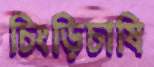
চিংড়িচাষি